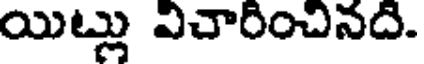
యిట్లు విచారించినది.